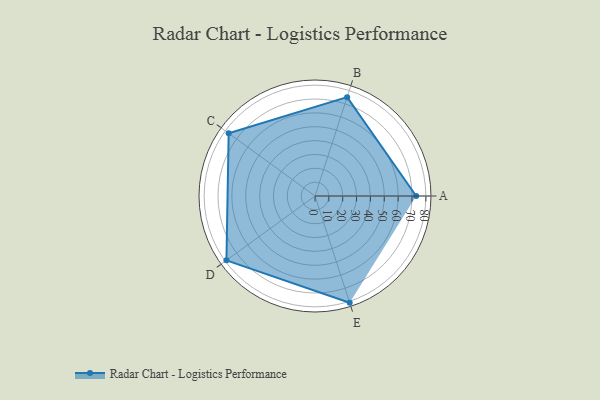
{"axis": {"x": "Skill", "y": "Score"}, "legend": ["Profile"], "data": [{"x": "A", "y": 73.0, "type": "Profile"}, {"x": "B", "y": 75.0, "type": "Profile"}, {"x": "C", "y": 77.0, "type": "Profile"}, {"x": "D", "y": 79.0, "type": "Profile"}, {"x": "E", "y": 81.0, "type": "Profile"}]}